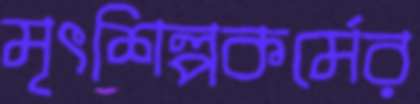
মৃৎশিল্পকর্মের